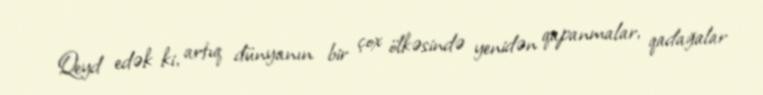
Qeyd edək ki, artıq dünyanın bir çox ölkəsində yenidən qapanmalar, qadağalar